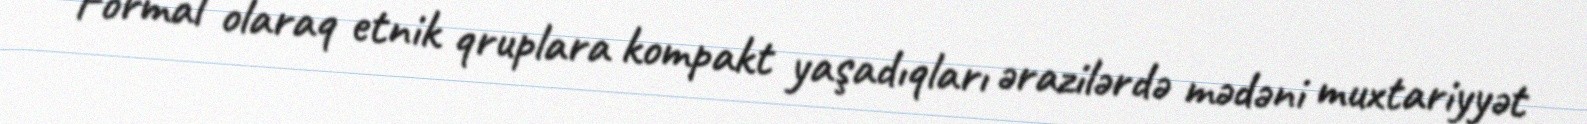
Formal olaraq etnik qruplara kompakt yaşadıqları ərazilərdə mədəni muxtariyyət